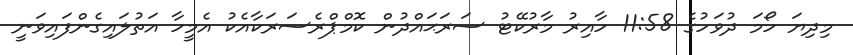
މިދިޔަ ހޯމަ ދުވަހުގެ 11:58 ހާއިރު މާރުކޭޓު ސަރަޙައްދުން ކޮމްޕްރެސަރަކާއެކު އެމީހާ އަތުލައިގެންފައިވަނީ